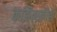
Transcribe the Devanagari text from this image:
कझिन्स्कीही